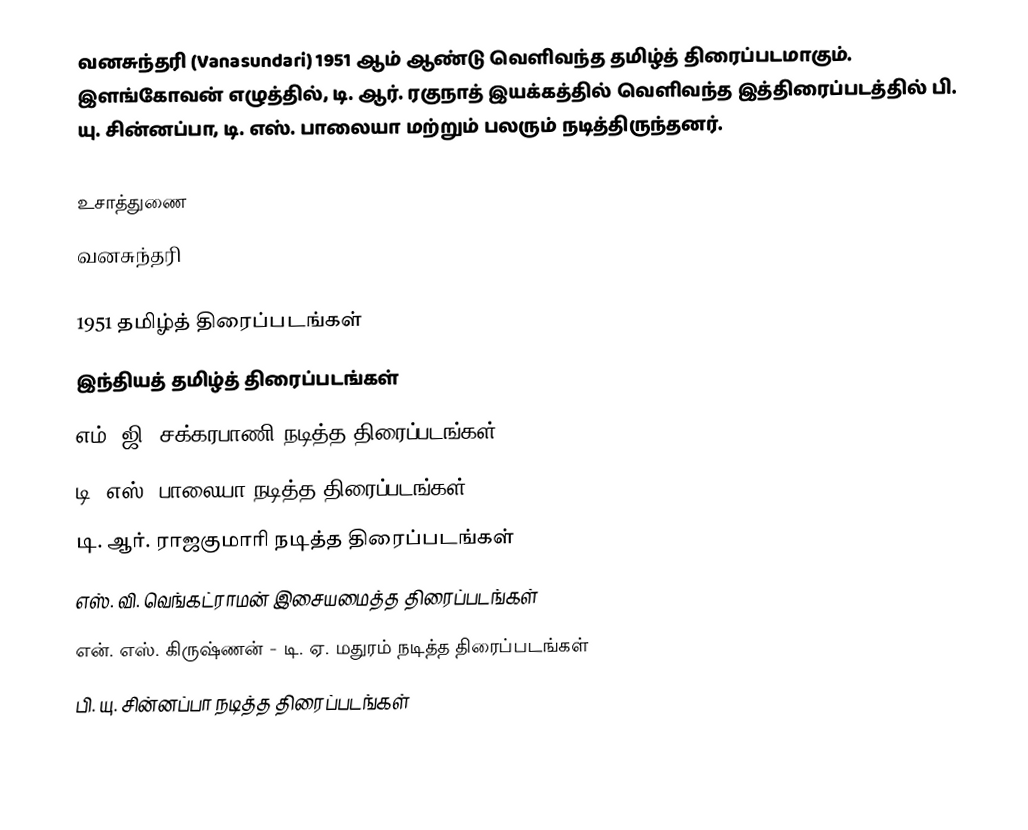
வனசுந்தரி (Vanasundari) 1951 ஆம் ஆண்டு வெளிவந்த தமிழ்த் திரைப்படமாகும்.  இளங்கோவன் எழுத்தில், டி. ஆர். ரகுநாத் இயக்கத்தில் வெளிவந்த இத்திரைப்படத்தில் பி. யு. சின்னப்பா, டி. எஸ். பாலையா மற்றும் பலரும் நடித்திருந்தனர்.

உசாத்துணை
 வனசுந்தரி

1951 தமிழ்த் திரைப்படங்கள்
இந்தியத் தமிழ்த் திரைப்படங்கள்
எம். ஜி. சக்கரபாணி நடித்த திரைப்படங்கள்
டி. எஸ். பாலையா நடித்த திரைப்படங்கள்
டி. ஆர். ராஜகுமாரி நடித்த திரைப்படங்கள்
எஸ். வி. வெங்கட்ராமன் இசையமைத்த திரைப்படங்கள்
என். எஸ். கிருஷ்ணன் - டி. ஏ. மதுரம் நடித்த திரைப்படங்கள்
பி. யு. சின்னப்பா நடித்த திரைப்படங்கள்